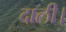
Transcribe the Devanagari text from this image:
दाली।